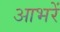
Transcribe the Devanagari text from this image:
आभरें